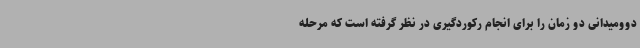
دوومیدانی دو زمان را برای انجام رکوردگیری در نظر گرفته است که مرحله